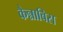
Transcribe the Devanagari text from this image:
कैन्नाबिस